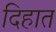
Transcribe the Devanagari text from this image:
दिहात